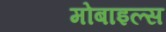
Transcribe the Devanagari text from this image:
मोबाइल्स